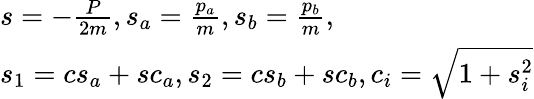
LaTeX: \begin{array}{l}{{s=-{\frac{P}{2m}},s_{a}={\frac{p_{a}}{m}},s_{b}={\frac{p_{b}}{m}},}}\\ {{s_{1}=cs_{a}+sc_{a},s_{2}=cs_{b}+sc_{b},c_{i}=\sqrt{1+s_{i}^{2}}}}\end{array}